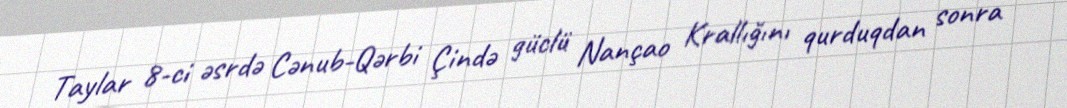
Taylar 8-ci əsrdə Cənub-Qərbi Çində güclü Nançao Krallığını qurduqdan sonra